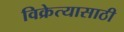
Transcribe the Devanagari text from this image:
विक्रेत्यासाठी